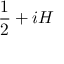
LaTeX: { \frac { 1 } { 2 } } + i H